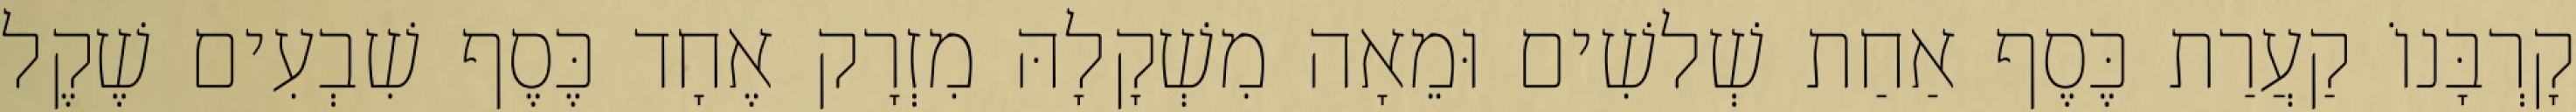
קָרְבָּנוֹ קַעֲרַת כֶּסֶף אַחַת שְׁלשִׁים וּמֵאָה מִשְׁקָלָהּ מִזְרָק אֶחָד כֶּסֶף שִׁבְעִים שֶׁקֶל